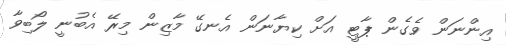
އިންނަން ވެގެން ޕާޓީ އަށް ކިޔާނަން އެނގޭ މާޒިން މިރޭ އެބުނީ ލޯބިވާ